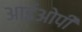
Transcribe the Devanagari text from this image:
आईओपी